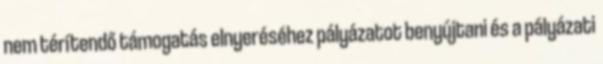
nem térítendő támogatás elnyeréséhez pályázatot benyújtani és a pályázati